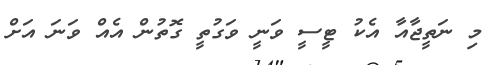
މި ނަތީޖާއާ އެކު ޓީސީ ވަނީ ވަގުތީ ގޮތުން އެއް ވަނަ އަށް